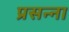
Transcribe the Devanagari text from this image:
प्रसन्‍ना